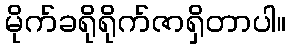
မိုက်ခရိုရိုက်ဇာရှိတာပါ။